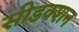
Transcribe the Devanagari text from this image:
सीडक्शन